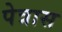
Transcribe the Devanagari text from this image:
पेत्रास